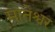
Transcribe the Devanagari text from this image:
मातेश्वर